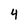
Character: 4